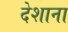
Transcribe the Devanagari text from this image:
देशाना